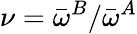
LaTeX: \nu=\bar{\omega}^{B}/\bar{\omega}^{A}